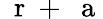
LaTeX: \mathrm{~\mathbf~r~}+{\mathrm{~\mathbf~a~}}